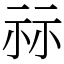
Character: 祘